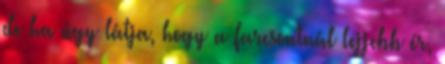
de ha úgy látja, hogy a farcsontnál lejjebb ér,